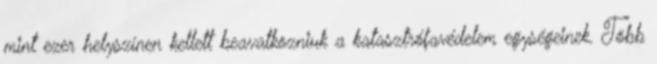
mint ezer helyszínen kellett beavatkozniuk a katasztrófavédelem egységeinek. Több